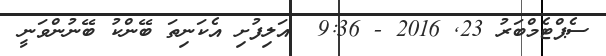
ސެޕްޓެމްބަރު 23